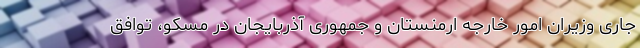
جاری وزیران امور خارجه ارمنستان و جمهوری آذربایجان در مسکو، توافق